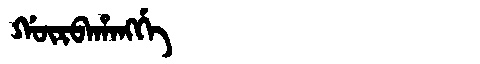
Manchu: ᡤᡡᡵᠪᠠᡥᠠᠩᡤᡝ
Romanization: GŪRBAHANGGE